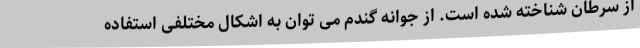
از سرطان شناخته شده است. از جوانه گندم می توان به اشکال مختلفی استفاده